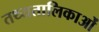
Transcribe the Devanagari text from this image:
तथ्यतालिकाओं